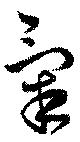
氣